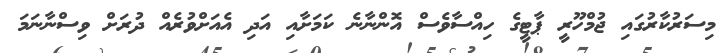
މިސަރުކާރުގައި ޖުމްހޫރީ ޕާޓީގެ ހިއްސާވެސް އޮންނާނެ ކަމަށާއި އަދި އެއަށްވުރެއް ދުރަށް ވިސްނާނަމަ